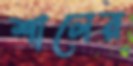
শালের